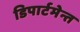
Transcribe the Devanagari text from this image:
डिपार्टमेन्त